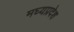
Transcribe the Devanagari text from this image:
मघ्‍यप्रदेश